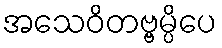
အသေဝိတဗ္ဗမ္ပိပေ